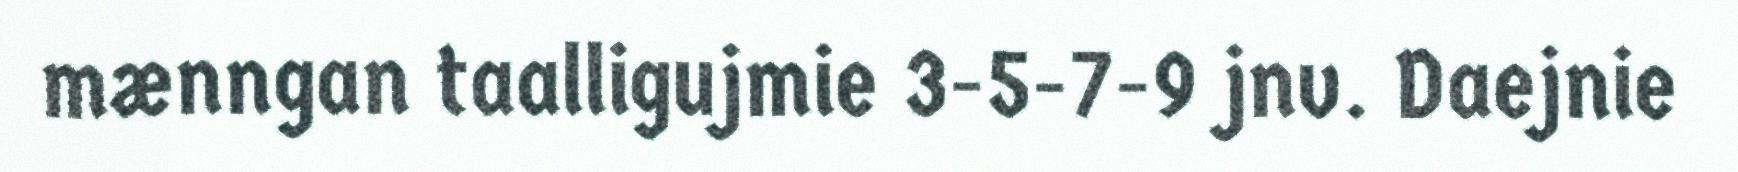
mænngan taalligujmie 3-5-7-9 jnv. Daejnie